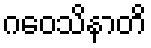
ဂဝေသိနာတိ